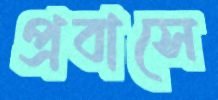
প্রবাসে